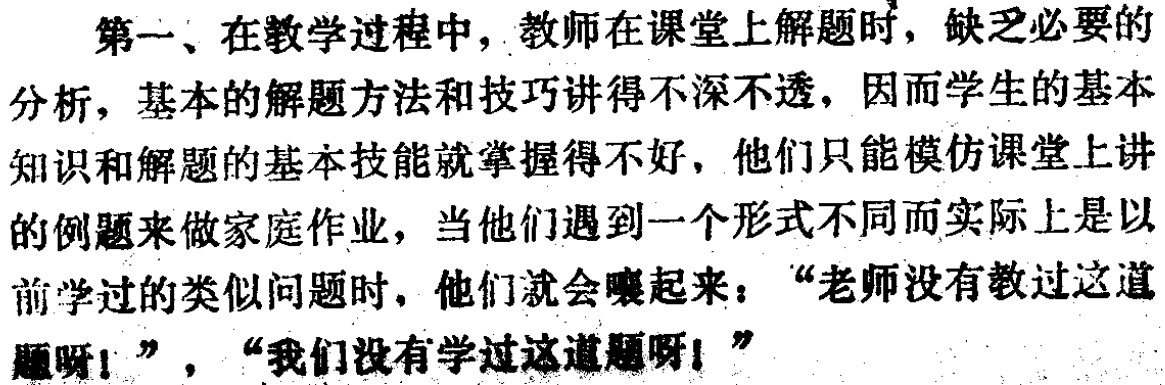
第一、在教学过程中，教师在课堂上解题时，缺乏必要的

分析，基本的解题方法和技巧讲得不深不透，因而学生的基本

知识和解题的基本技能就掌握得不好，他们只能模仿课堂上讲

的例题来做家庭作业，当他们遇到一个形式不同而实际上是以

前学过的类似问题时，他们就会嚷起来：“老师没有教过这道

题呀！”，“我们没有学过这道题呀！”